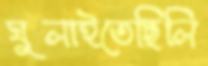
ঘুলাইতেছিলি